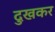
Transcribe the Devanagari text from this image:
दुखकर